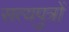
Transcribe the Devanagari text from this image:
सत्यपुत्रों